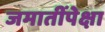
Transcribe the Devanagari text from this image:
जमातींपेक्षा